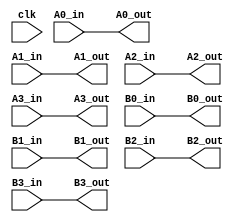
module mac_golden_delay #(
  parameter MAC_MIN_WIDTH=8,
  parameter DELAY=0
)(
  input clk,
  input [MAC_MIN_WIDTH-1:0] A0_in,
  input [MAC_MIN_WIDTH-1:0] A1_in,
  input [MAC_MIN_WIDTH-1:0] A2_in,
  input [MAC_MIN_WIDTH-1:0] A3_in,
  input [MAC_MIN_WIDTH-1:0] B0_in,
  input [MAC_MIN_WIDTH-1:0] B1_in,
  input [MAC_MIN_WIDTH-1:0] B2_in,
  input [MAC_MIN_WIDTH-1:0] B3_in,
  output [MAC_MIN_WIDTH-1:0] A0_out,
  output [MAC_MIN_WIDTH-1:0] A1_out,
  output [MAC_MIN_WIDTH-1:0] A2_out,
  output [MAC_MIN_WIDTH-1:0] A3_out,
  output [MAC_MIN_WIDTH-1:0] B0_out,
  output [MAC_MIN_WIDTH-1:0] B1_out,
  output [MAC_MIN_WIDTH-1:0] B2_out,
  output [MAC_MIN_WIDTH-1:0] B3_out
);
generate
  if (DELAY == 0) begin
    assign A0_out = A0_in;
    assign A1_out = A1_in;
    assign A2_out = A2_in;
    assign A3_out = A3_in;
    assign B0_out = B0_in;
    assign B1_out = B1_in;
    assign B2_out = B2_in;
    assign B3_out = B3_in;
  end else begin
    reg [MAC_MIN_WIDTH-1:0] A0_delay_bus [DELAY-1:0];
    reg [MAC_MIN_WIDTH-1:0] A1_delay_bus [DELAY-1:0];
    reg [MAC_MIN_WIDTH-1:0] A2_delay_bus [DELAY-1:0];
    reg [MAC_MIN_WIDTH-1:0] A3_delay_bus [DELAY-1:0];
    reg [MAC_MIN_WIDTH-1:0] B0_delay_bus [DELAY-1:0];
    reg [MAC_MIN_WIDTH-1:0] B1_delay_bus [DELAY-1:0];
    reg [MAC_MIN_WIDTH-1:0] B2_delay_bus [DELAY-1:0];
    reg [MAC_MIN_WIDTH-1:0] B3_delay_bus [DELAY-1:0];

    always @(posedge clk) begin
      A0_delay_bus[0] <= A0_in;
      A1_delay_bus[0] <= A1_in;
      A2_delay_bus[0] <= A2_in;
      A3_delay_bus[0] <= A3_in;
      B0_delay_bus[0] <= B0_in;
      B1_delay_bus[0] <= B1_in;
      B2_delay_bus[0] <= B2_in;
      B3_delay_bus[0] <= B3_in;  
    end

    genvar i;
    for (i = 1; i < DELAY; i = i + 1) begin: delay_wiring
      always @(posedge clk) begin
        A0_delay_bus[i] <= A0_delay_bus[i-1];
        A1_delay_bus[i] <= A1_delay_bus[i-1];
        A2_delay_bus[i] <= A2_delay_bus[i-1];
        A3_delay_bus[i] <= A3_delay_bus[i-1];
        B0_delay_bus[i] <= B0_delay_bus[i-1];
        B1_delay_bus[i] <= B1_delay_bus[i-1];
        B2_delay_bus[i] <= B2_delay_bus[i-1];
        B3_delay_bus[i] <= B3_delay_bus[i-1];
      end
    end

    assign A0_out = A0_delay_bus[DELAY-1];
    assign A1_out = A1_delay_bus[DELAY-1];
    assign A2_out = A2_delay_bus[DELAY-1];
    assign A3_out = A3_delay_bus[DELAY-1];
    assign B0_out = B0_delay_bus[DELAY-1];
    assign B1_out = B1_delay_bus[DELAY-1];
    assign B2_out = B2_delay_bus[DELAY-1];
    assign B3_out = B3_delay_bus[DELAY-1];
  end
endgenerate
endmodule